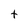
Character: t